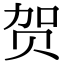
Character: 贺